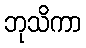
ဘုသိကာ